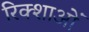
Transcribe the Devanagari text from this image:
रिक्शाओं